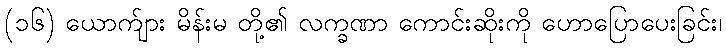
(၁၆) ယောက်ျား မိန်းမ တို့၏ လက္ခဏာ ကောင်းဆိုးကို ဟောပြောပေးခြင်း၊